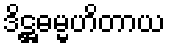
ဒိဋ္ဌဓမ္မဟိတာယ